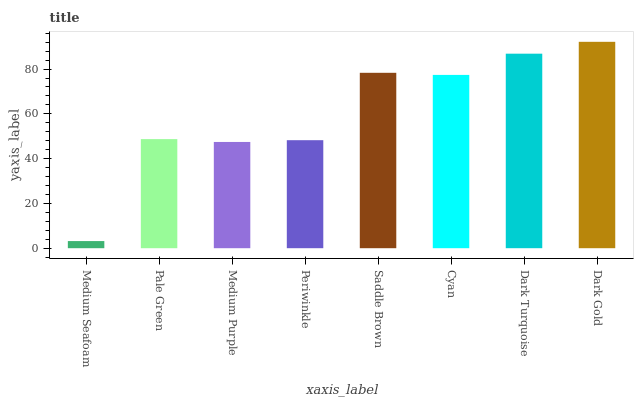
| xaxis_label | bars |
 | --- | --- |
 | Medium Seafoam | 3.18 |
 | Pale Green | 48.7 |
 | Medium Purple | 47.5 |
 | Periwinkle | 48.2 |
 | Saddle Brown | 78.3 |
 | Cyan | 77.4 |
 | Dark Turquoise | 86.9 |
 | Dark Gold | 92.2 |